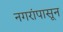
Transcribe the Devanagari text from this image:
नगरांपासून